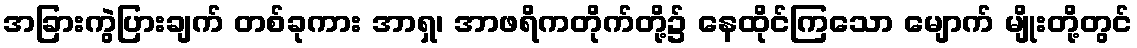
အခြားကွဲပြားချက် တစ်ခုကား အာရှ၊ အာဖရိကတိုက်တို့၌ နေထိုင်ကြသော မျောက် မျိုးတို့တွင်